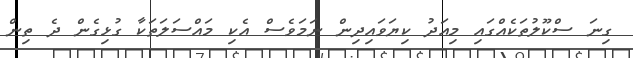
ގިނަ ސްކޫލުތަކެއްގައި މިއަދު ކިޔަވައިދިން ނަމަވެސް އެކި މައްސަލަތަކާ ގުޅިގެން ދެ ތިން